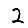
Digit: 2